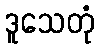
ဒူသေတုံ